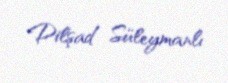
Dilşad Süleymanlı